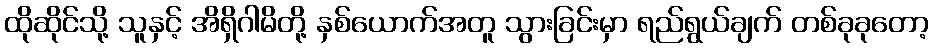
ထိုဆိုင်သို့ သူနှင့် အိရှိဂါမိတို့ နှစ်ယောက်အတူ သွားခြင်းမှာ ရည်ရွယ်ချက် တစ်ခုခုတော့